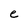
Character: e